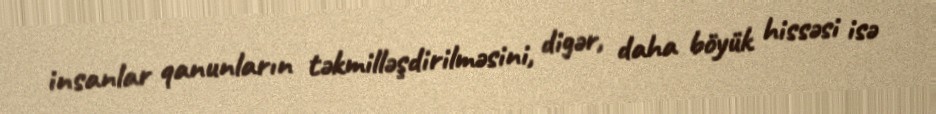
insanlar qanunların təkmilləşdirilməsini, digər, daha böyük hissəsi isə